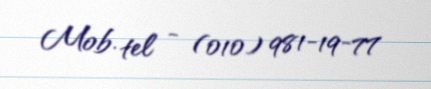
Mob. tel - (010) 981-19-77